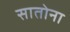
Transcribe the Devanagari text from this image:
सातोना